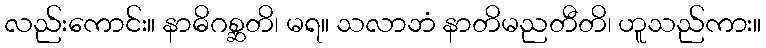
လည်းကောင်း။ နာဓိဂစ္ဆတိ၊ မရ။ သလာဘံ နာတိမညတီတိ၊ ဟူသည်ကား။